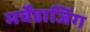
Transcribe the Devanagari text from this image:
मर्चेंडाजिंग